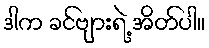
ဒါက ခင်ဗျားရဲ့ အိတ်ပါ။